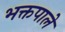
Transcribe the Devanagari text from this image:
भक्तपाले